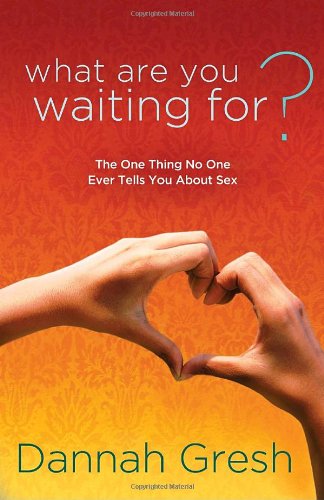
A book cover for What Are You Waiting For?: The One Thing No One Ever Tells You About Sex; Dannah Gresh; Christian Books & Bibles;